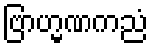
ဗြာဟ္မဏကညံ